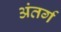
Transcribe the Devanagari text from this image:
अंतर्ग